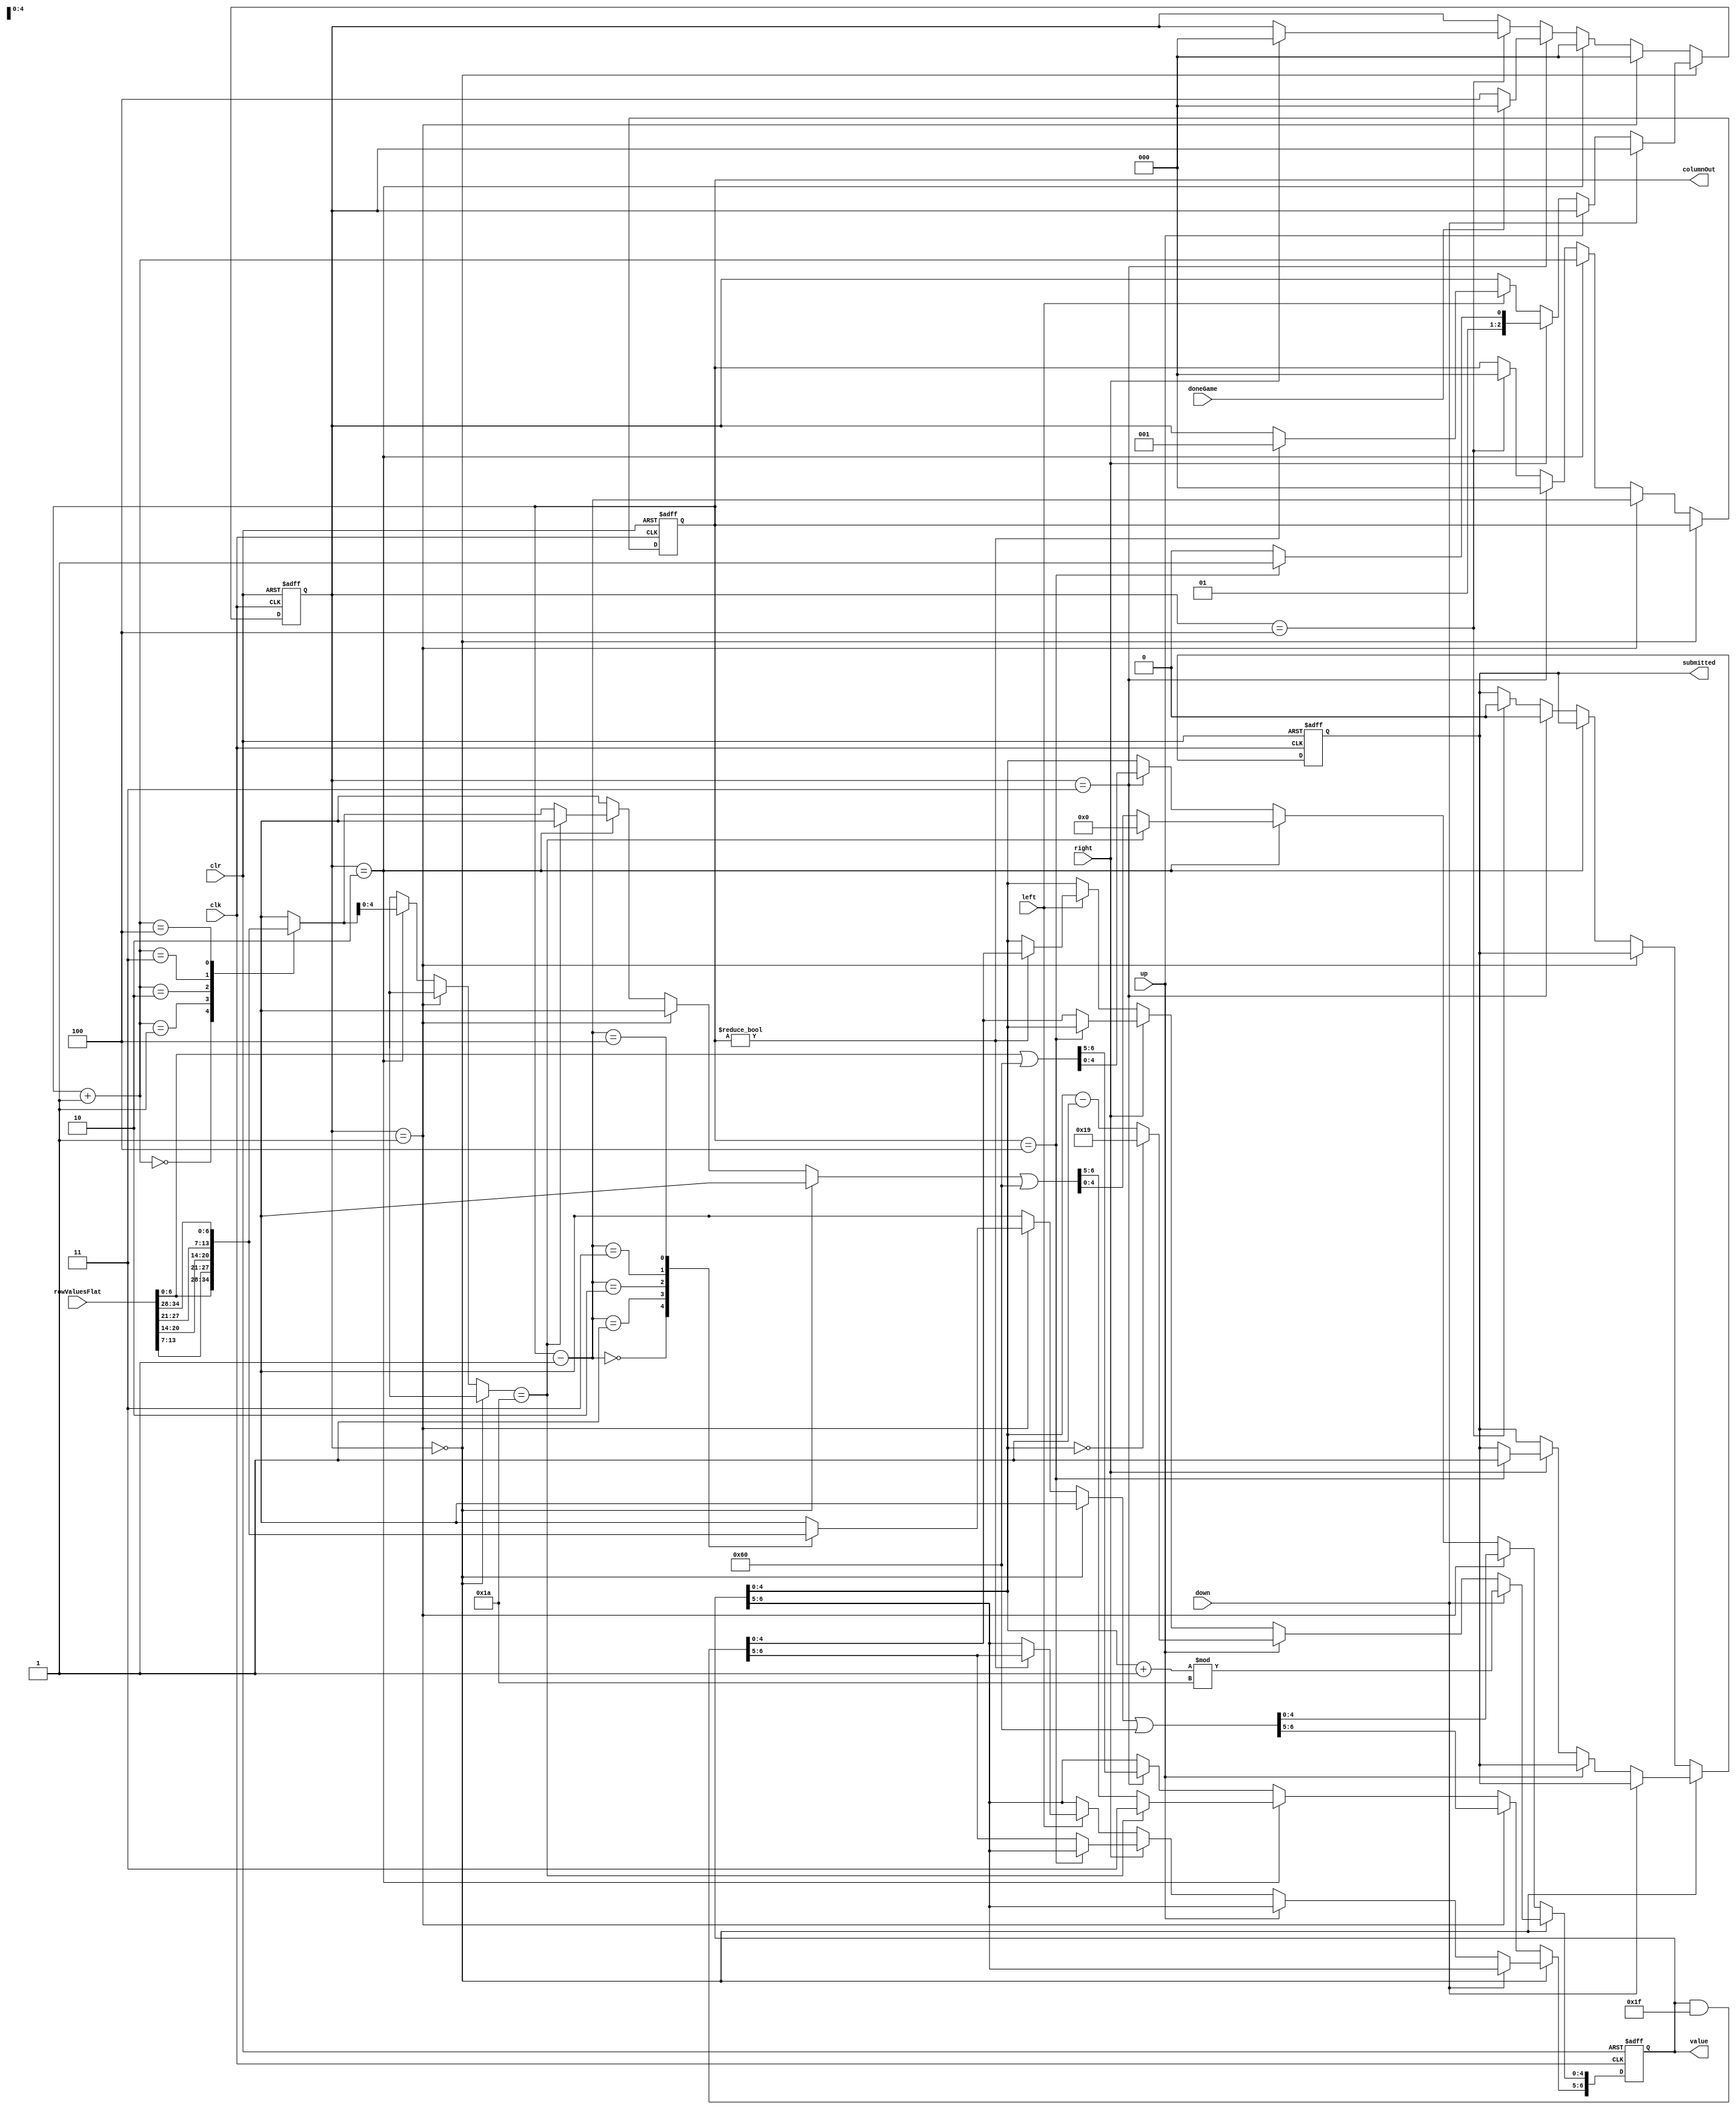
`timescale 1ns / 1ps
//////////////////////////////////////////////////////////////////////////////////
// Company: 
// Engineer: 
// 
// Design Name: 
// Module Name:    selectionStage 
// Project Name: 
// Target Devices: 
// Tool versions: 
// Description: 
//
// Dependencies: 
//
// Revision: 
// Revision 0.01 - File Created
// Additional Comments: 
//
//////////////////////////////////////////////////////////////////////////////////
module selectionStage(
	input clk,
	input clr,
   input left, // assume these are debounced and only give single-clock-cycle pulses
   input right,
   input up,
   input down,
	input doneGame,
   input [34:0] rowValuesFlat,
   output [2:0] columnOut,
   output submitted,
	output [6:0] value
	);


wire [6:0] rowValues [0:4];
assign rowValues[0] = rowValuesFlat[6:0];
assign rowValues[1] = rowValuesFlat[13:7];
assign rowValues[2] = rowValuesFlat[20:14];
assign rowValues[3] = rowValuesFlat[27:21];
assign rowValues[4] = rowValuesFlat[34:28];

    reg submit;
	 
	 localparam NORMAL = 2'b00;
	 localparam LEFT_TRANSITION = 2'b01;
	 localparam RIGHT_TRANSITION = 2'b10;
	 localparam ROW_TRANSITION = 2'b11;
	 localparam WAIT = 3'b100;
	 
	 reg [2:0] state;

    reg [2:0] column;
	 //letter color row column 
    //combine letter and color - last 5 bits are letter, 1st and 2nd are color 
    //instantiate as all empty, grey 
    //blank = 26, grey = 0, yellow=1, green= 2, red = 3
    //A=0, B=1, C=2, ...
    reg [6:0] currentValue; // all 0s -> letter A in grey
	 
	 assign submitted=submit;
    assign columnOut=column;
    assign value=currentValue;
	 
	 wire [4:0] currentLetter;
	 assign currentLetter = currentValue[4:0];
	 
always @(posedge clk or posedge clr) begin //always gonna be grey here
	 if (clr) begin
		 currentValue <= 0;
		 state <= WAIT;
		 column <= 0;
		 submit <= 0;
	 end else begin
		if (state == NORMAL) begin
        if(down) begin
            currentValue[4:0] <= (currentLetter + 5'd1) % 5'd26;
        end
		  else if(up) begin
            if (currentLetter == 5'd0) currentValue[4:0] <= 5'd25;
				else currentValue[4:0] <= currentLetter - 1;
        end
        else if(right) begin
            if(column==4) begin
                submit<=1;
					 state<=ROW_TRANSITION;
            end
            else begin
					currentValue <= currentValue & 7'b0011111;
					state <= RIGHT_TRANSITION;
			   end  
        end
		  else if(left) begin
            if(column!=0) begin
					 currentValue <= currentValue & 7'b0011111;
					 state<=LEFT_TRANSITION;
            end
        end
		end else if (state == LEFT_TRANSITION) begin
			currentValue<= rowValues[column-1] | 7'b1100000;
			column <= column-1;
			state <= NORMAL;
		end else if (state == RIGHT_TRANSITION) begin
			if (rowValues[column+1][4:0] == 5'd26)
				currentValue<=7'b1100000;
			else
				currentValue<=rowValues[column+1] | 7'b1100000;
			column <= column+1;
			state <= NORMAL;
		end else if (state == ROW_TRANSITION) begin
			column <= 0;
			submit <= 0;
			currentValue <= rowValues[0] | 7'b1100000;
			if (doneGame)
				state <= NORMAL;
			else
				state <= WAIT;
		end else if (state == WAIT) begin
			column <= 0;
			submit <= 0;
			if (right) begin
				state <= NORMAL;
			end
		end
    end
end
endmodule